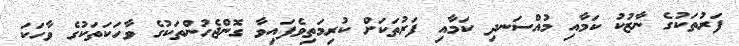
ފަރުތަކުގެ ނާޒުކު ކަމާއި މުއްސަނދި ކަމާއި ފަރުތަކަށް ކުރިމަތިވެފައިވާ ގޮންޖެހުންތަކުގެ ވާހަކަތަކުގެ ވާހަކަ